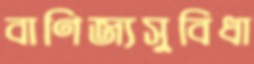
বাণিজ্যসুবিধা